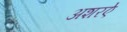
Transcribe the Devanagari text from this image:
अशरऐ